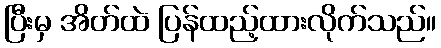
ပြီးမှ အိတ်ထဲ ပြန်ထည့်ထားလိုက်သည်။